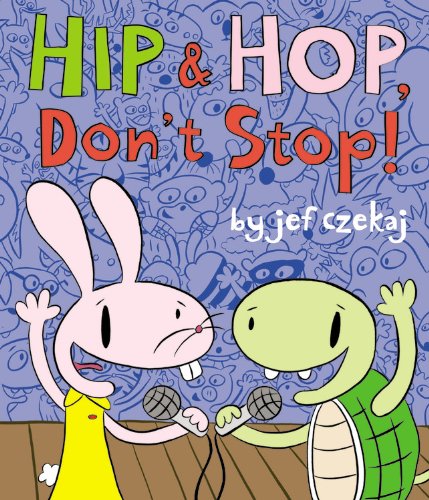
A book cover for Hip and Hop, Don't Stop! (Hip & Hop Book, A); Jef Czekaj; Children's Books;